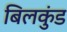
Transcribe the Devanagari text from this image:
बिलकुंड